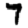
Digit: 7